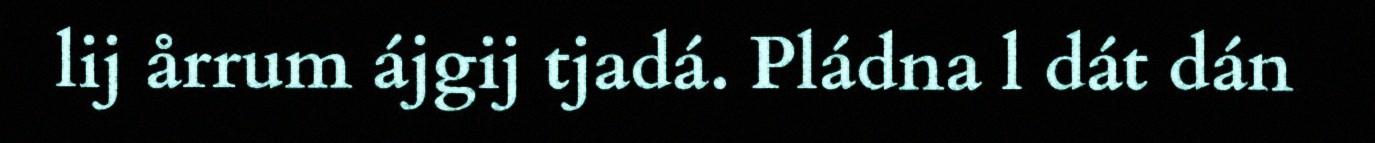
lij årrum ájgij tjadá. Pládna l dát dán